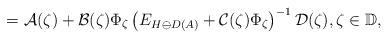
LaTeX: \begin{align*}=\mathcal{A}(\zeta) + \mathcal{B}(\zeta) \Phi_\zeta\left(E_{H\ominus D(A)} + \mathcal{C}(\zeta) \Phi_\zeta\right)^{-1} \mathcal{D}(\zeta),\zeta\in \mathbb{D},\end{align*}